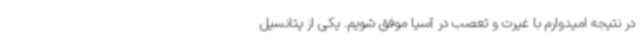
در نتیجه امیدوارم با غیرت و تعصب در آسیا موفق شویم. یکی از پتانسیل